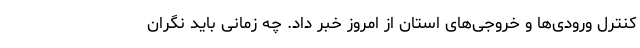
کنترل ورودی‌ها و خروجی‌های استان از امروز خبر داد. چه زمانی باید نگران